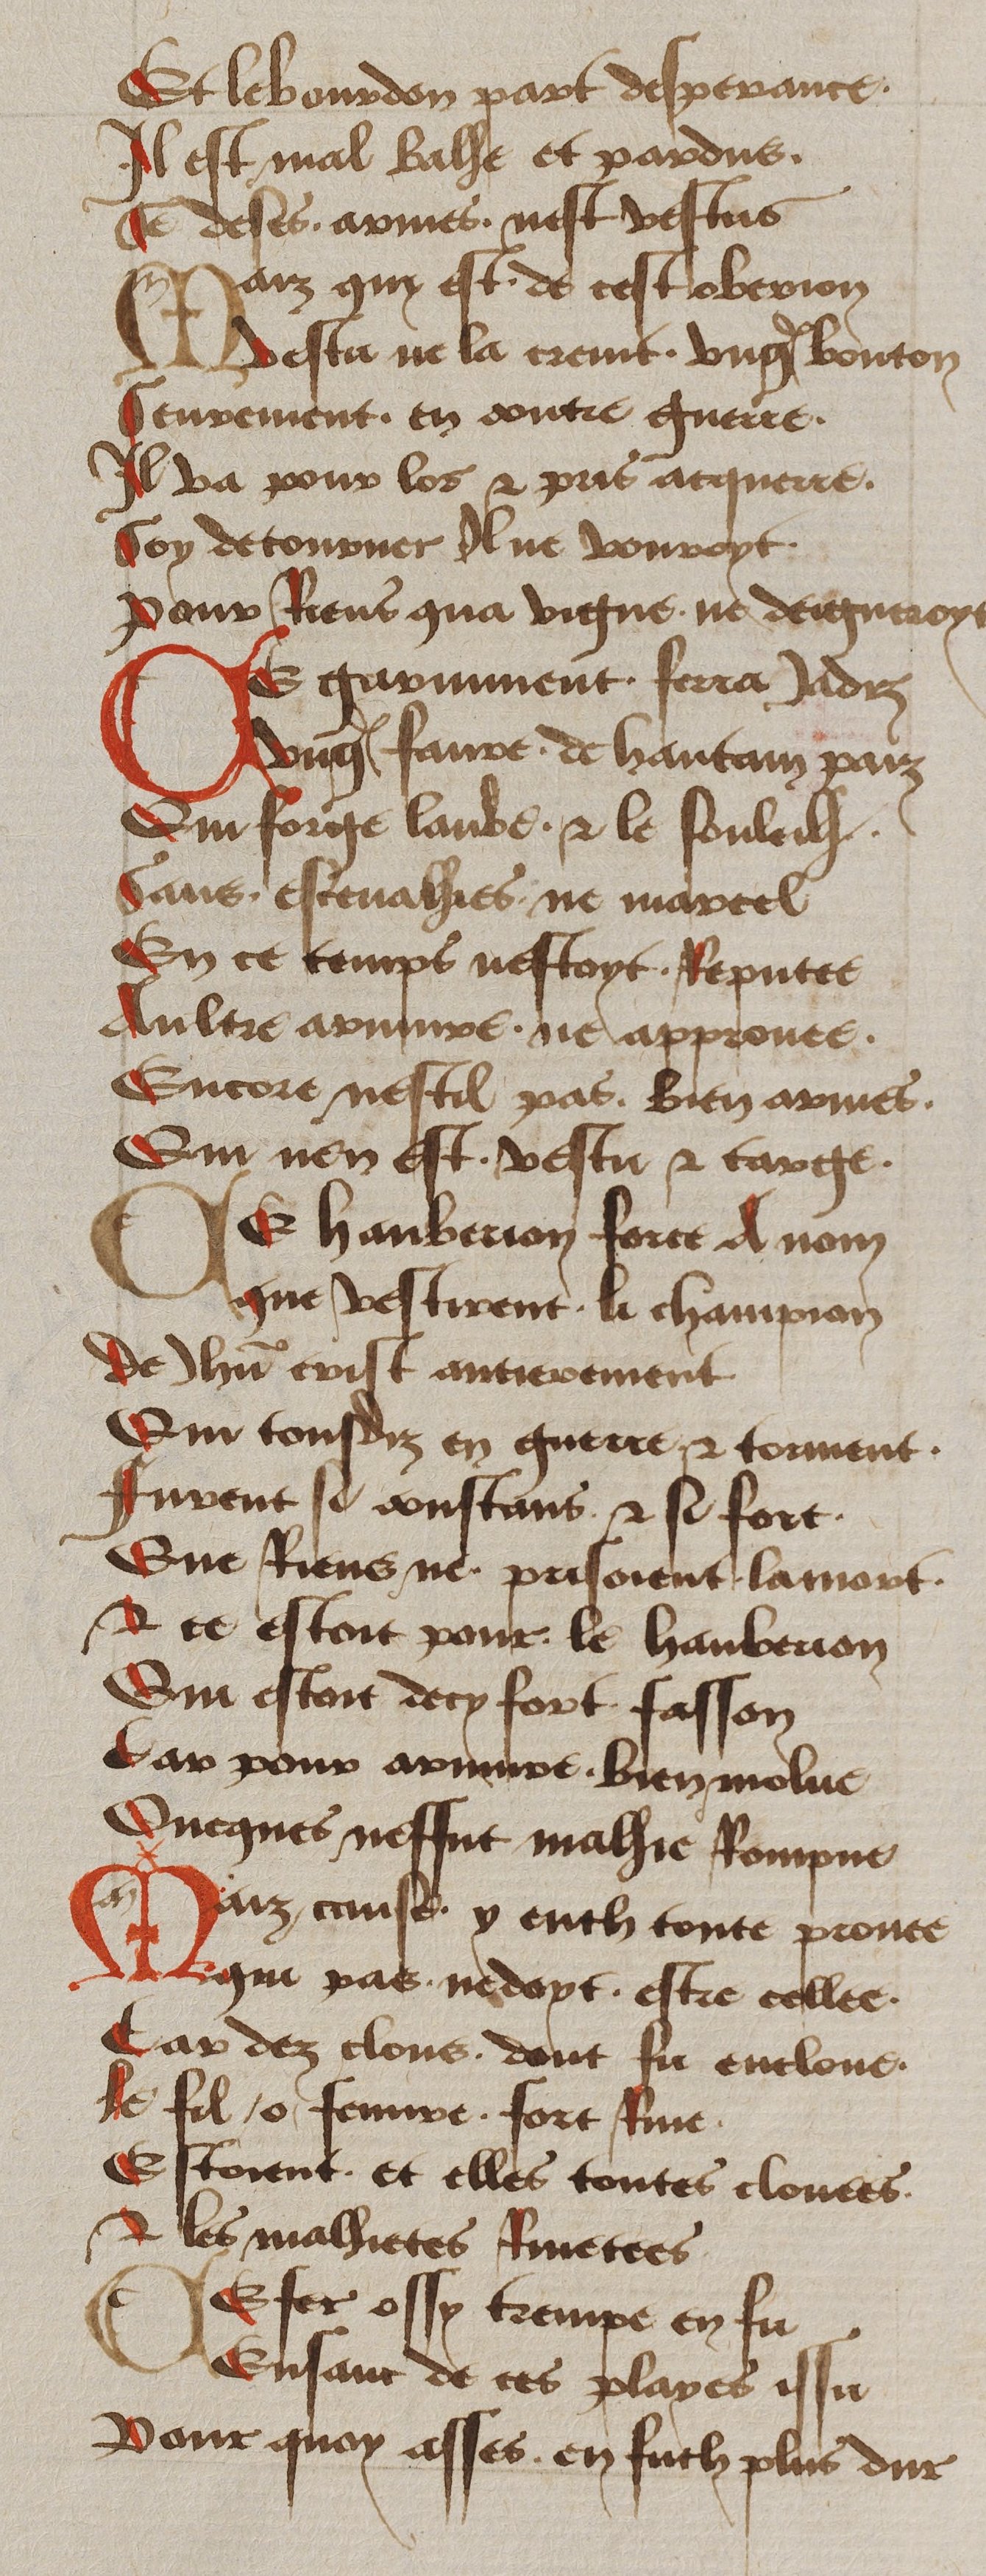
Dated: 1450–1499